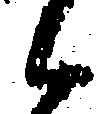
候